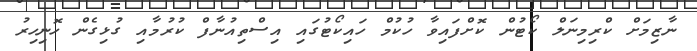
ނާޒިމަށް ކްރިމިނަލް ކޯޓުން ކޮށްފައިވާ ހުކުމް ހައިކޯޓުގައި އިސްތިއުނާފް ކުރުމާއި ގުޅިގެން ހޮނިހިރު